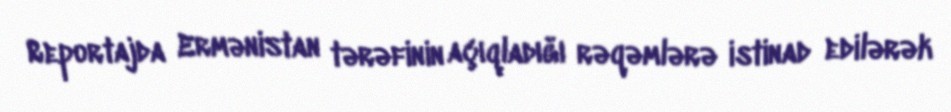
Reportajda Ermənistan tərəfinin açıqladığı rəqəmlərə istinad edilərək